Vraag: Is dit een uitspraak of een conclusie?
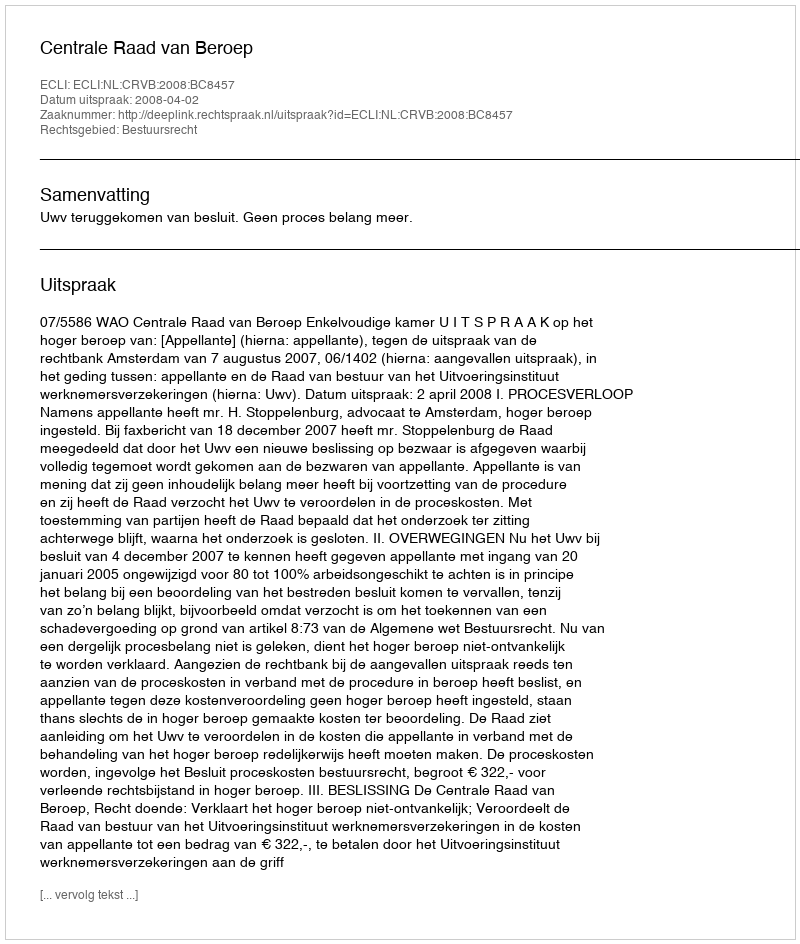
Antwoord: Uitspraak